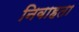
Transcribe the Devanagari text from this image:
निवाहता